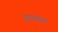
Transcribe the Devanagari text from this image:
गुरवचन